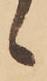
候